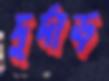
দুর্দাড়